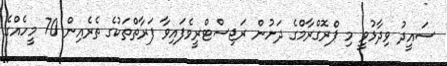
ސައީދު ވިދާޅުވީ މި ޕްރޮގްރާމްގެ ދަށުން ރަޖިސްޓްރީވެފައިވާ ފަރާތްތަކުގެ ތެރެއިން 70 މީހެއްގެ